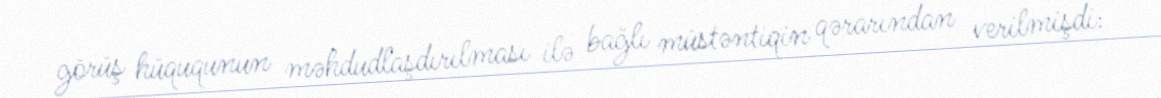
görüş hüququnun məhdudlaşdırılması ilə bağlı müstəntiqin qərarından verilmişdi: